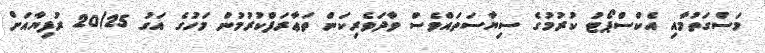
މަސްގަތުމާއި އެކްސްޕޯޓު ކުރުމުގެ ސިޔާސަތައްވެސް ވާދަވެރިކަން ތަޢާރަފްކުރުމުން މަހުގެ އަގު 20/25 ރުފިޔާއަށް